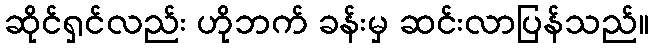
ဆိုင်ရှင်လည်း ဟိုဘက် ခန်းမှ ဆင်းလာပြန်သည်။